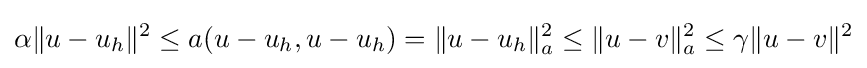
\alpha \|u-u_{h}\|^{2}\leq a(u-u_{h},u-u_{h})=\|u-u_{h}\|_{a}^{2}\leq \|u-v\|_{a}^{2}\leq \gamma \|u-v\|^{2}